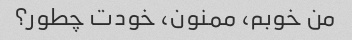
من خوبم، ممنون، خودت چطور؟